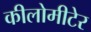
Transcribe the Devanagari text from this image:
कीलोमीटेर